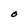
Character: O